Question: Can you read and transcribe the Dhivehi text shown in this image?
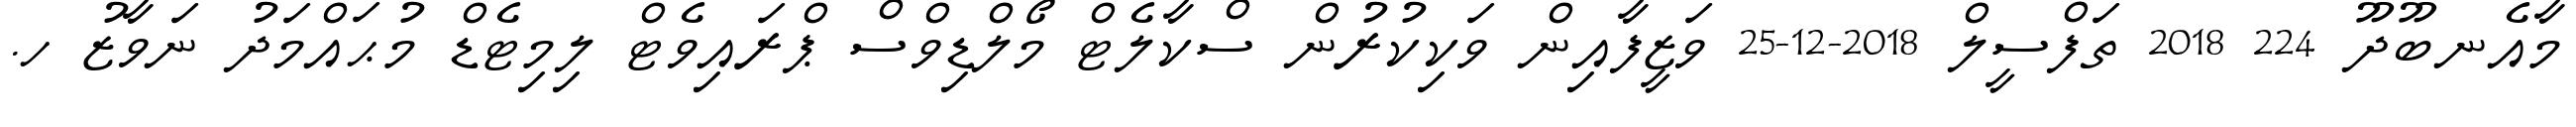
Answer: މާއެނބޫދޫ 224 2018 ތަފްސީލް 2018-12-25 ވަޒީފާއިން ވަކިކުރުން ސްކާލެޓް މޯލްޑިވްސް ޕްރައިވެޓް ލިމިޓެޑް މުޙައްމަދު ނަވާޒު ހ.